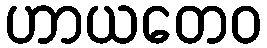
ဟာယတေဝ